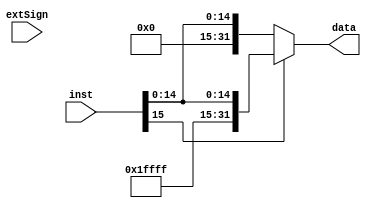
`timescale 1ns / 1ps
//////////////////////////////////////////////////////////////////////////////////
// Company: 
// Engineer: 
// 
// Design Name: 
// Module Name: signext
// Project Name: 
// Target Devices: 
// Tool Versions: 
// Description: 
// 
// Dependencies: 
// 
// Revision:
// Revision 0.01 - File Created
// Additional Comments:
// 
//////////////////////////////////////////////////////////////////////////////////


module signext(
    input extSign,
    input [15:0] inst,
    output [31:0] data
    );
    assign data=inst[15]?{16'hffff,inst}:{16'h0000,inst};
    
endmodule